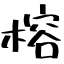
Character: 榕